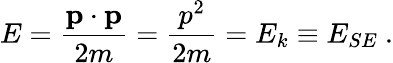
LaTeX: E=\frac{\mathbf{p}\cdot\mathbf{p}}{2m}=\frac{p^{2}}{2m}=E_{k}\equiv E_{SE}\ .